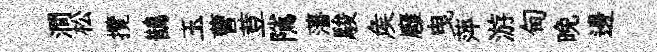
澗松攬鵲玉曹荳隲藩駿矦廱曳萍游甸晚邊